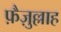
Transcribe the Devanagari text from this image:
फ़ैज़ुल्लाह